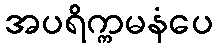
အပရိက္ကမနံပေ